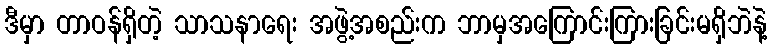
ဒီမှာ တာဝန်ရှိတဲ့ သာသနာရေး အဖွဲ့အစည်းက ဘာမှအကြောင်းကြားခြင်းမရှိဘဲနဲ့